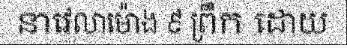
នាវេលាម៉ោង ៩ ព្រឹក ដោយ